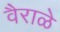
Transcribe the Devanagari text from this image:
वैराळे